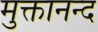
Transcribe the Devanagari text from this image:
मुक्तानन्द